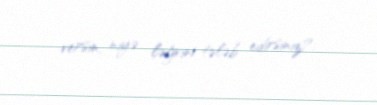
versin, niyə ləğvini tələb edirsiniz?.